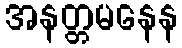
အနတ္တမနေန